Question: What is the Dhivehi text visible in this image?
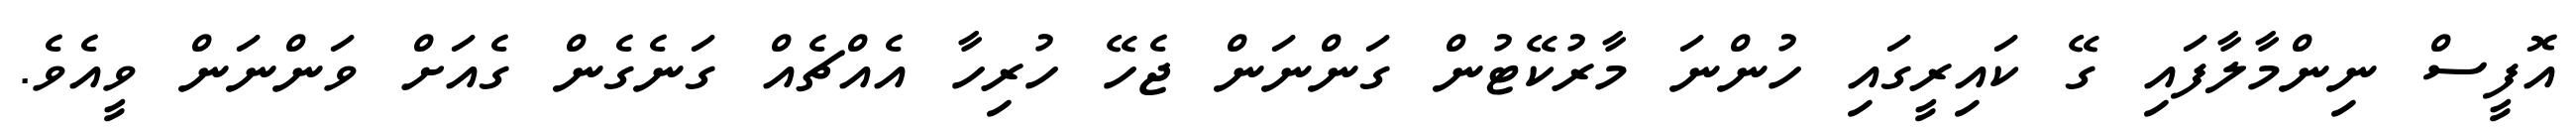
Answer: އޮފީސް ނިންމާލާފައި ގޭ ކައިރީގައި ހުންނަ މާރުކޭޓުން ގަންނަން ޖެހޭ ހުރިހާ އެއްޗެއް ގަނެގެން ގެއަށް ވަންނަން ވީއެވެ.